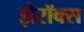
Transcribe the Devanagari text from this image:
झेरॉक्‍स